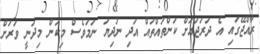
ރާއްޖޭގައި އެ ދަރަޖައަށް ކަންތައްތައް އަދި ނުދިޔަ ނަމަވެސް މިކަން މިދަނީ ވަރަށް